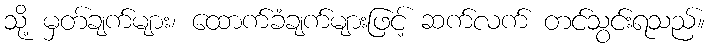
သို့ မှတ်ချက်များ၊ ထောက်ခံချက်များဖြင့် ဆက်လက် တင်သွင်းရသည်။